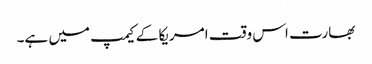
بھارت اس وقت امریکا کے کیمپ میں ہے۔